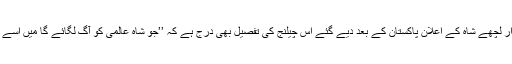
اور اس ہندو سرمایہ دار لچھے شاہ کے اعلانِ پاکستان کے بعد دیے گئے اس چیلنج کی تفصیل بھی درج ہے کہ ’’جو شاہ عالمی کو آگ لگائے گا میں اسے بیٹی کا ڈولا دوں گا‘‘۔